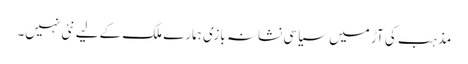
مذہب کی آڑ میں سیاسی نشانہ بازی ہمارے ملک کےلیے نئی نہیں۔